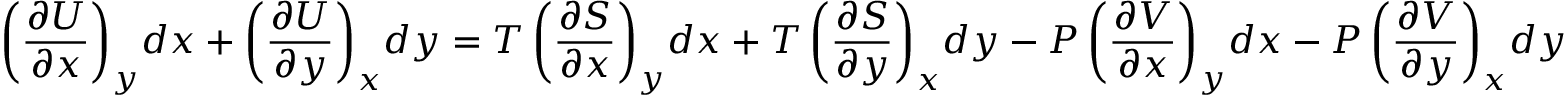
\left( { \frac { \partial U } { \partial x } } \right) _ { y } \! d x + \left( { \frac { \partial U } { \partial y } } \right) _ { x } \! d y = T \left( { \frac { \partial S } { \partial x } } \right) _ { y } \! d x + T \left( { \frac { \partial S } { \partial y } } \right) _ { x } \! d y - P \left( { \frac { \partial V } { \partial x } } \right) _ { y } \! d x - P \left( { \frac { \partial V } { \partial y } } \right) _ { x } \! d y